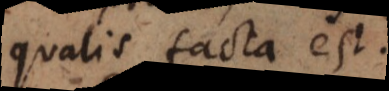
qualis facta est.